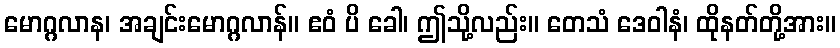
မောဂ္ဂလာန၊ အချင်းမောဂ္ဂလာန်။ ဧဝံ ပိ ခေါ၊ ဤသို့လည်း။ တေသံ ဒေဝါနံ၊ ထိုနတ်တို့အား။